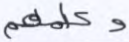
وكلمهم